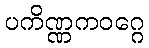
ပကိဏ္ဏကဝဂ္ဂေ